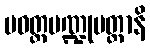
ပဝတ္တပဏ္ဍုပတ္တာနိ